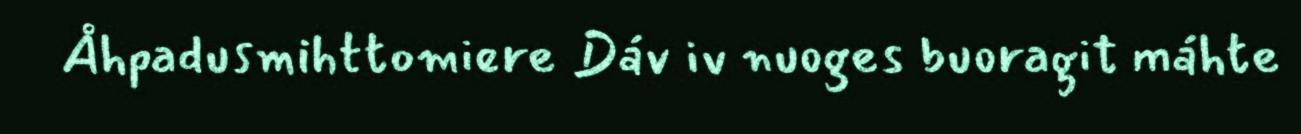
Åhpadusmihttomiere Dáv iv nuoges buoragit máhte